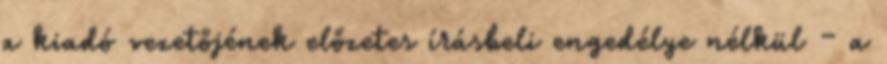
a kiadó vezetőjének előzetes írásbeli engedélye nélkül – a